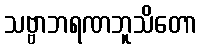
သဗ္ဗာဘရဏဘူသိတော